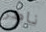
ناصر